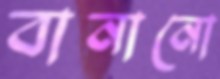
বানানো